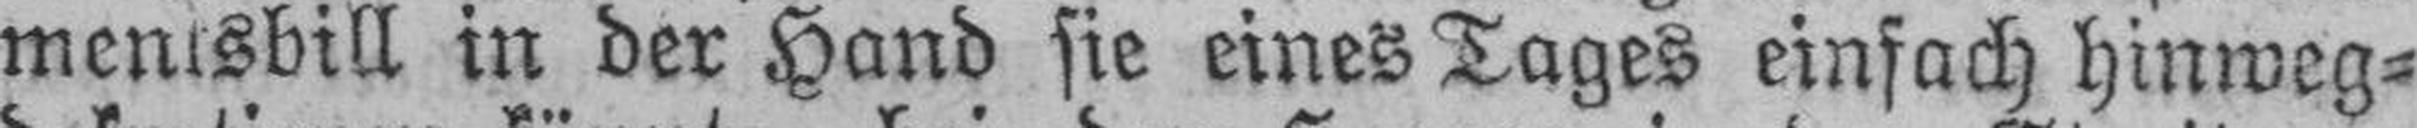
mentsbill in der Hand sie eines Tages einfach hinweg¬